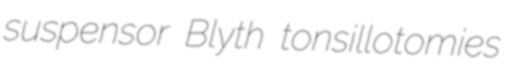
suspensor Blyth tonsillotomies